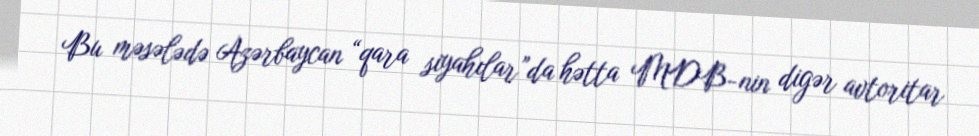
Bu məsələdə Azərbaycan “qara siyahılar”da hətta MDB-nin digər avtoritar